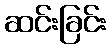
ဆင်းခြင်း